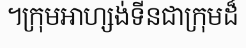
។ក្រុមអាហ្សង់ទីនជាក្រុមដ៏